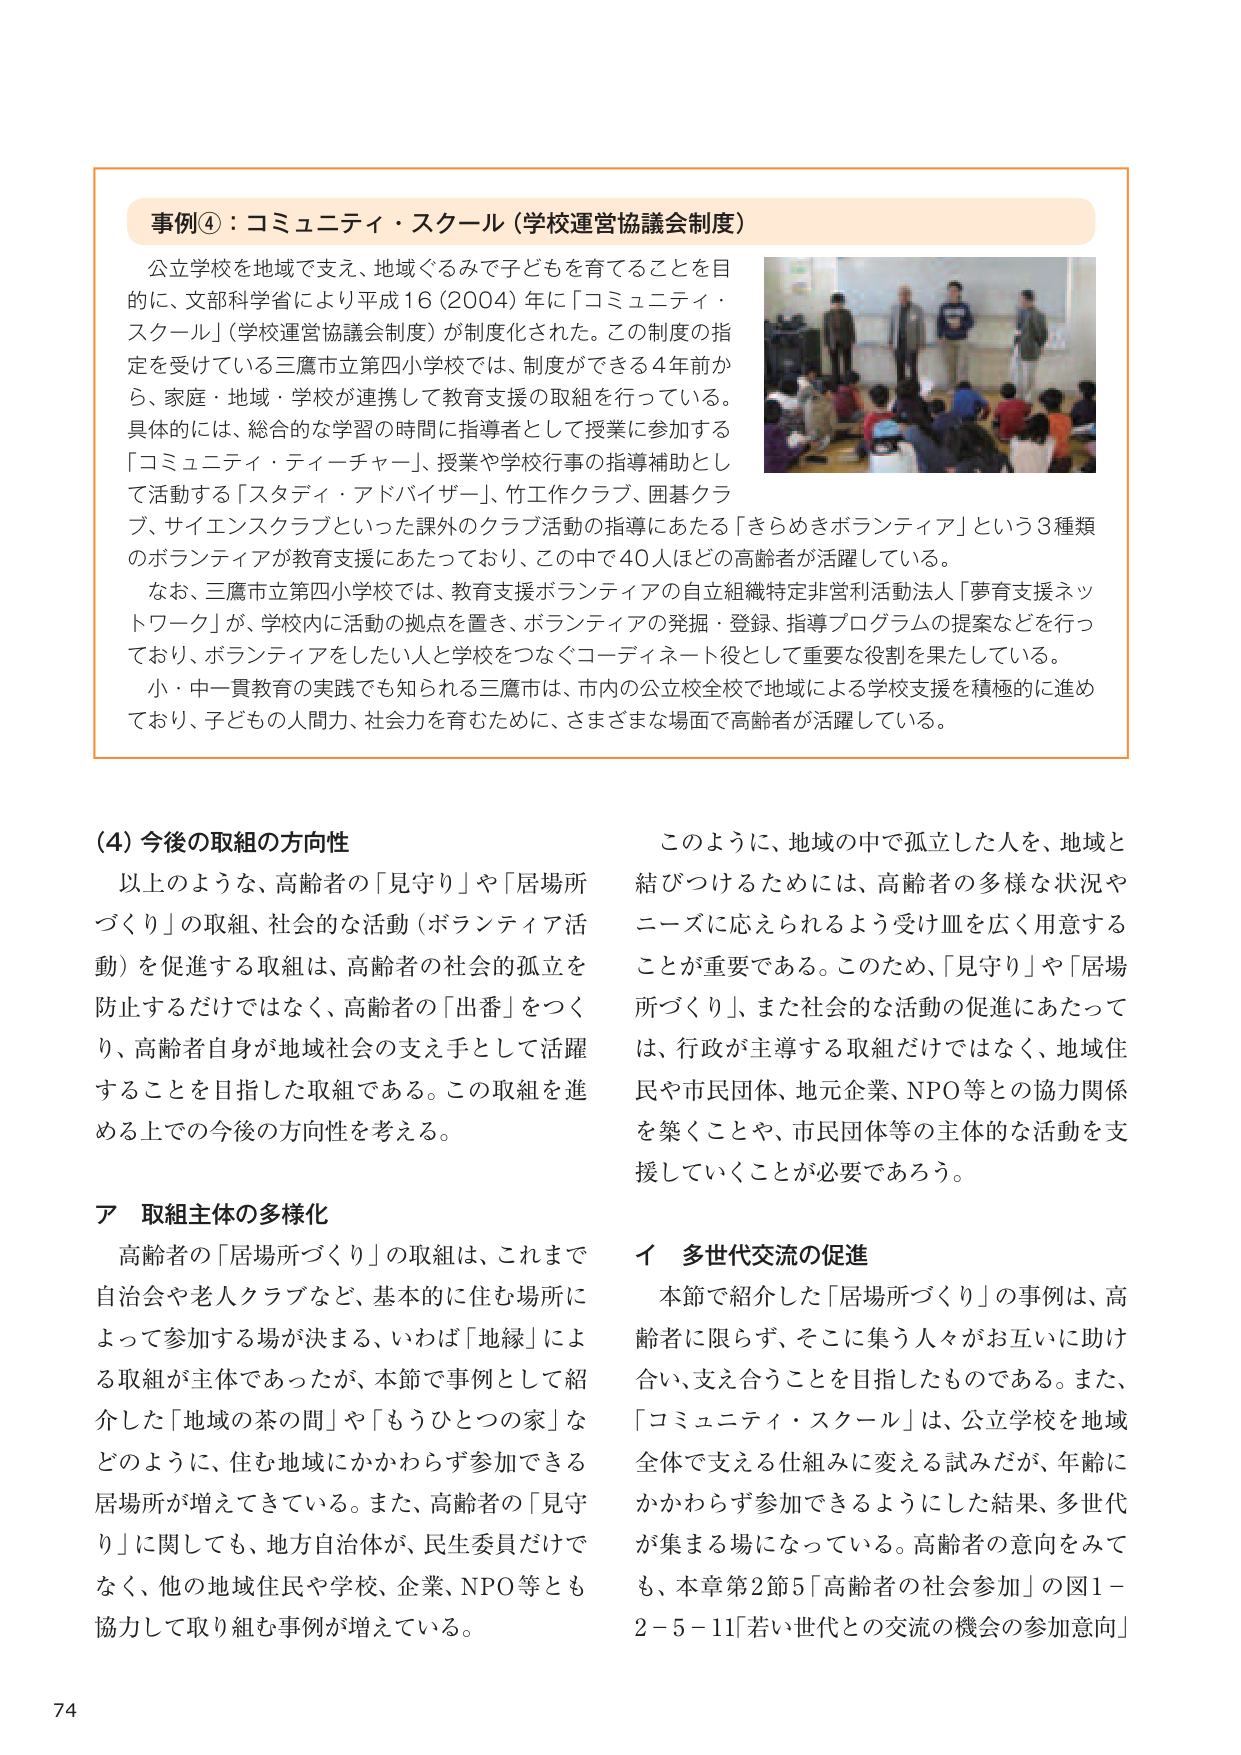
事例④：コミュニティ・スクール（学校運営協議会制度）

公立学校を地域で支え、地域ぐるみで子どもを育てることを目的に、文部科学省により平成16（2004）年に「コミュニティ・スクール」（学校運営協議会制度）が制度化された。この制度の指定を受けている三鷹市立第四小学校では、制度ができる4年前から、家庭・地域・学校が連携して教育支援の取組を行っている。具体的には、総合的な学習の時間に指導者として授業に参加する「コミュニティ・ティーチャー」、授業や学校行事の指導補助として活動する「スタディ・アドバイザー」、竹工作クラブ、囲碁クラブ、サイエンスクラブといった課外のクラブ活動の指導にあたる「きらめきボランティア」という3種類のボランティアが教育支援にあたっており、この中で40人ほどの高齢者が活躍している。

なお、三鷹市立第四小学校では、教育支援ボランティアの自立組織特定非営利活動法人「夢育支援ネットワーク」が、学校内に活動の拠点を置き、ボランティアの発掘・登録、指導プログラムの提案などを行っており、ボランティアをしたい人と学校をつなぐコーディネート役として重要な役割を果たしている。

小・中一貫教育の実践でも知られる三鷹市は、市内の公立校全校で地域による学校支援を積極的に進めており、子どもの人間力、社会力を育むために、さまざまな場面で高齢者が活躍している。

（4）今後の取組の方向性

以上のような、高齢者の「見守り」や「居場所づくり」の取組、社会的な活動（ボランティア活動）を促進する取組は、高齢者の社会的孤立を防止するだけではなく、高齢者の「出番」をつくり、高齢者自身が地域社会の支え手として活躍することを目指した取組である。この取組を進める上での今後の方向性を考える。

ア 取組主体の多様化

高齢者の「居場所づくり」の取組は、これまで自治会や老人クラブなど、基本的に住む場所によって参加する場が決まる、いわば「地縁」による取組が主体であったが、本節で事例として紹介した「地域の茶の間」や「もうひとつの家」などのように、住む地域にかかわらず参加できる居場所が増えてきている。また、高齢者の「見守り」に関しても、地方自治体が、民生委員だけでなく、他の地域住民や学校、企業、NPO等とも協力して取り組む事例が増えている。

このように、地域の中で孤立した人を、地域と結びつけるためには、高齢者の多様な状況やニーズに応えられるよう受け皿を広く用意することが重要である。このため、「見守り」や「居場所づくり」、また社会的な活動の促進にあたっては、行政が主導する取組だけではなく、地域住民や市民団体、地元企業、NPO等との協力関係を築くことや、市民団体等の主体的な活動を支援していくことが必要であろう。

イ 多世代交流の促進

本節で紹介した「居場所づくり」の事例は、高齢者に限らず、そこに集う人々がお互いに助け合い、支え合うことを目指したものである。また、「コミュニティ・スクール」は、公立学校を地域全体で支える仕組みに変える試みだが、年齢にかかわらず参加できるようにした結果、多世代が集まる場になっている。高齢者の意向をみても、本章第2節5「高齢者の社会参加」の図1－2－5－11「若い世代との交流の機会の参加意向」

74